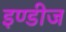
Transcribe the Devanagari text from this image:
इण्डीज